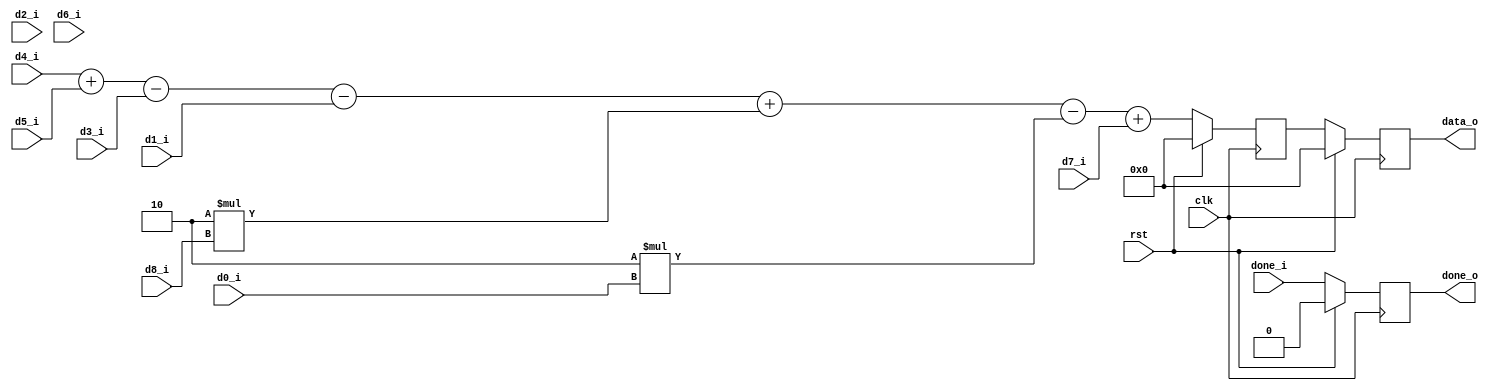
module calc(
	input clk,
	input rst,
	input [7:0] d0_i,
	input [7:0] d1_i,
	input [7:0] d2_i,
	input [7:0] d3_i,
	input [7:0] d4_i,
	input [7:0] d5_i,
	input [7:0] d6_i,
	input [7:0] d7_i,
	input [7:0] d8_i,
	input done_i,
	
	output reg [7:0] data_o,
	output done_o
	
);
reg [9:0] g_sum;
reg done_shift;
/*
reg [9:0] gx_p;
reg [9:0] gx_n;
reg [9:0] gx_d;

reg [9:0] gy_p;
reg [9:0] gy_n;
reg [9:0] gy_d;

reg [9:0] g_sum;
reg [3:0] done_shift;

always@(posedge clk) begin
	if(rst) begin
		gx_p <= 0;
		gx_n <= 0;
	end
	else begin
		gx_p <= d6_i + (d3_i << 1) + d0_i;
		gx_n <= d8_i + ( d5_i << 1) + d2_i;
	end
end

always@(posedge clk) begin
	if(rst) begin
		gy_p <= 0;
		gy_n <= 0;
	end
	else begin
		gy_p <= d0_i + (d1_i << 1) + d2_i;
		gy_n <= d6_i + ( d7_i << 1) + d8_i;
	end
end

always@(posedge clk) begin
	if(rst) begin
		gx_d <= 0;
	end
	else begin
		gx_d <= (gx_p >= gx_n) ? (gx_p - gx_n) : (gx_n - gx_p);
	end
end

always@(posedge clk) begin
	if(rst) begin
		gy_d <= 0;
	end
	else begin
		gy_d <= (gy_p >= gy_n) ? (gy_p - gy_n) : (gy_n - gy_p);
	end
end

always@(posedge clk) begin
	if(rst) begin
		g_sum <= 0;
	end
	else begin
		g_sum <= gx_d + gy_d;
	end
end
*/
//ham gausian
always@(posedge clk) begin
	if(rst) begin
	g_sum <=0;
	end
	else begin
		//g_sum <= (d0_i + d1_i *2 + d2_i * 1 + d3_i * 2 + d4_i *4 + d5_i * 2 + d6_i * 1 + d7_i *2 +d8_i * 1)/16;
		g_sum <= d4_i + d5_i -d3_i -d1_i + 2*d8_i - 2*d0_i + d7_i;
	end
end
//

always@(posedge clk) begin
	if(rst) begin
		data_o <= 0;
	end
	else begin
		data_o <=  g_sum[7:0];
	end
end

always@(posedge clk) begin
	if(rst) begin
		done_shift <= 0;
	end
	else begin
		done_shift <= done_i;
	end
end

assign done_o = done_shift;

endmodule